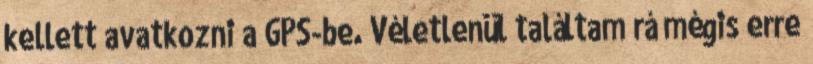
kellett avatkozni a GPS-be. Véletlenül találtam rá mégis erre